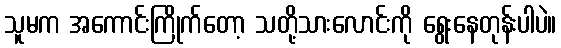
သူမက အကောင်းကြိုက်တော့ သတို့သားလောင်းကို ရွေးနေတုန်းပါပဲ။